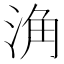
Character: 𱦨